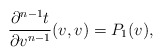
\begin{align*} \frac{\partial^{n-1}t}{\partial v^{n-1}}(v,v)=P_1(v),\end{align*}